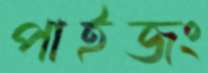
পাইজং